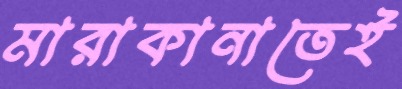
মারাকানাতেই